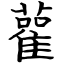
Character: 雚